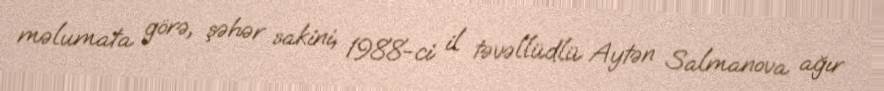
məlumata görə, şəhər sakini, 1988-ci il təvəllüdlü Aytən Salmanova ağır